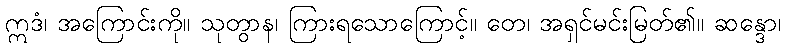
ဣဒံ၊ အကြောင်းကို။ သုတွာန၊ ကြားရသောကြောင့်။ တေ၊ အရှင်မင်းမြတ်၏။ ဆန္ဒော၊